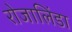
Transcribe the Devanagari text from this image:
रोजालिंडा